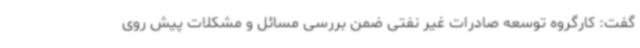
گفت: کارگروه توسعه صادرات غیر نفتی ضمن بررسی مسائل و مشکلات پیش روی